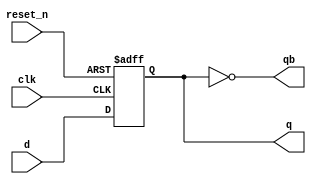
`timescale 1ns / 1ps
//////////////////////////////////////////////////////////////////////////////////
// Company: 
// Engineer: 
// 
// Design Name: 
// Module Name: DataFlipFlop
// Project Name: 
// Target Devices: 
// Tool Versions: 
// Description: 
// 
// Dependencies: 
// 
// Revision:
// Revision 0.01 - File Created
// Additional Comments:
// 
//////////////////////////////////////////////////////////////////////////////////


module DFF( clk, reset_n, d, q, qb );
input d, clk, reset_n;
output reg q;
output qb;
always @(posedge clk or negedge reset_n)
if(!reset_n)
q <= 1'b0;
else
q <= d;
assign qb = ~q;
endmodule